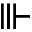
\Vvdash